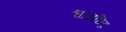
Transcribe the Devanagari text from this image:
श्वासछिद्र